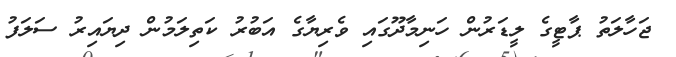
ޖަހާލަތު ޕާޓީގެ ލީޑަރުން ހަނިމާދޫގައި ވެރިޔާގެ އަބުރު ކަތިލަމުން ދިޔައިރު ސަލަފު